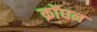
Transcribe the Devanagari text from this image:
क्रॉघन